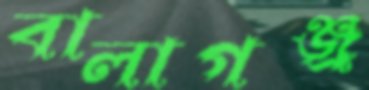
বালাগঞ্জ্র